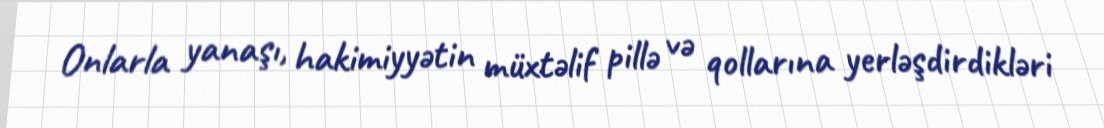
Onlarla yanaşı, hakimiyyətin müxtəlif pillə və qollarına yerləşdirdikləri